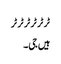
ٹر ٹر ٹر ٹر ٹر ٹر
ہیں جی۔